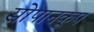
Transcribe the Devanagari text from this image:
सोपानकूप